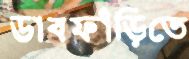
ডাবফাঁড়িতে